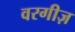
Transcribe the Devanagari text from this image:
वरगीज़